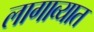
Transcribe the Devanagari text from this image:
लागाव्यात